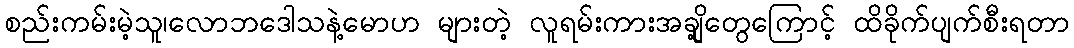
စည်းကမ်းမဲ့သူ၊လောဘဒေါသနဲ့မောဟ များတဲ့ လူရမ်းကားအချို့တွေကြောင့် ထိခိုက်ပျက်စီးရတာ